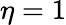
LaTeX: \eta=1